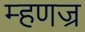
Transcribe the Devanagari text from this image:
म्हणज्र